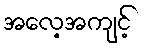
အလေ့အကျင့်